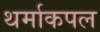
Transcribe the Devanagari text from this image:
थर्माकपल